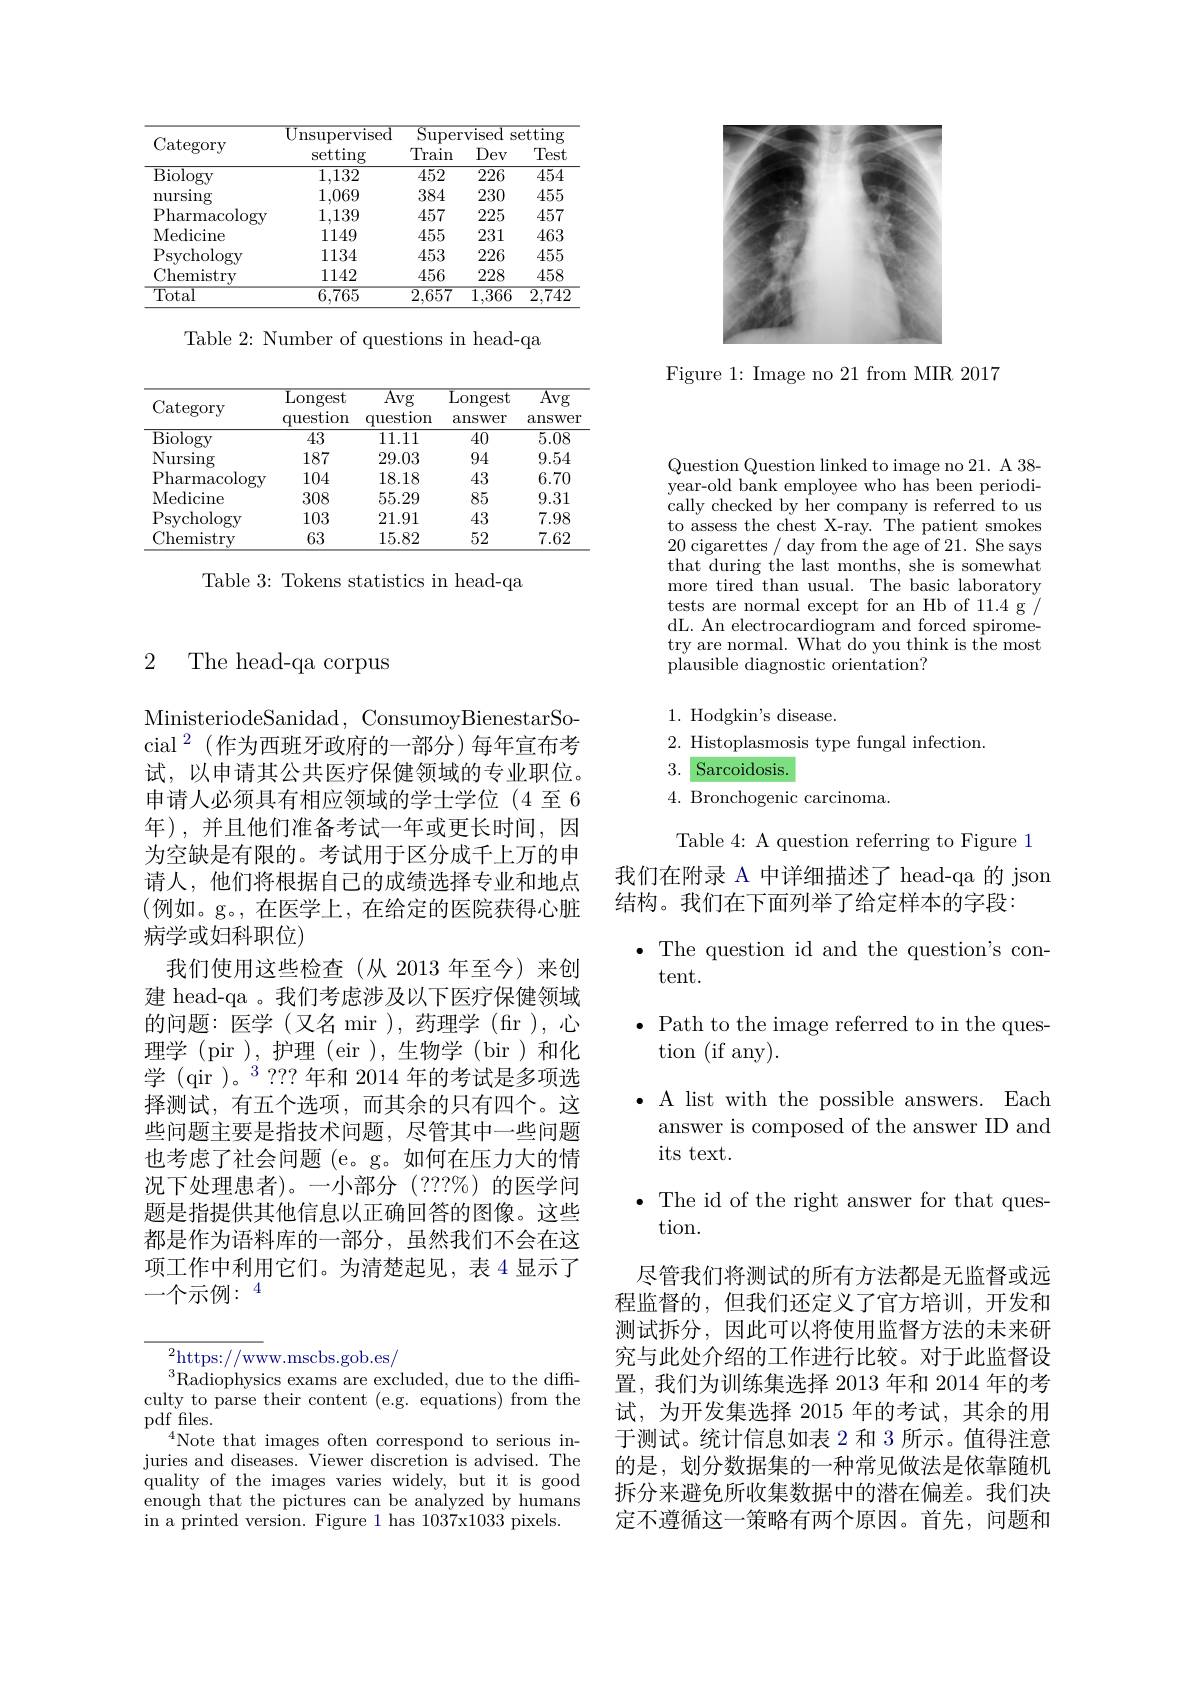
<table>
	<tbody>
		<tr>
			<th rowspan="2">Category</th>
			<th rowspan="2">$UI$ nsupervised setting</th>
			<th colspan="3">$\operatorname{Supervised}$ setting </th>
		</tr>
		<tr>
			<th>Train</th>
			<th>Dev</th>
			<th>Test</th>
		</tr>
		<tr>
			<td>$\operatorname{Biology}$</td>
			<td>1,132</td>
			<td>452</td>
			<td>$\overline{226}$</td>
			<td>454</td>
		</tr>
		<tr>
			<td>nursing</td>
			<td>1,069</td>
			<td>384</td>
			<td>230</td>
			<td>455</td>
		</tr>
		<tr>
			<td>Pharmacology</td>
			<td>1,139</td>
			<td>457</td>
			<td>225</td>
			<td>457</td>
		</tr>
		<tr>
			<td>Medicine</td>
			<td>1149</td>
			<td>455</td>
			<td>231</td>
			<td>463</td>
		</tr>
		<tr>
			<td>$\mathrm{P}_{\mathrm{s}}$ sychology</td>
			<td>1134</td>
			<td>453</td>
			<td>226</td>
			<td>455</td>
		</tr>
		<tr>
			<td>Chemistry</td>
			<td>1142</td>
			<td>456</td>
			<td>228</td>
			<td>458</td>
		</tr>
		<tr>
			<td>$\overline{\mathrm{Total}}$</td>
			<td>6,765</td>
			<td>$\overline{2,657}$</td>
			<td>$\overline{1,366}$</td>
			<td>$\overline{2,742}$</td>
		</tr>
	</tbody>
</table>

Table 2: Number of questions in head-qa

<table>
	<tbody>
		<tr>
			<th>Category</th>
			<th>$\operatorname{Longest}$ question</th>
			<th>$\overline{\mathrm{Avg}}$ question</th>
			<th>${\mathrm{Longest}}$ $\operatorname{answer}$</th>
			<th>$\overline{\mathrm{Avg}}$ $\operatorname{answer}$</th>
		</tr>
		<tr>
			<td>Biology</td>
			<td>43</td>
			<td>11.11</td>
			<td>40</td>
			<td>5.08</td>
		</tr>
		<tr>
			<td>Nursing</td>
			<td>187</td>
			<td>29.03</td>
			<td>94</td>
			<td>9.54</td>
		</tr>
		<tr>
			<td>Pharmacology</td>
			<td>104</td>
			<td>18.18</td>
			<td>43</td>
			<td>6.70</td>
		</tr>
		<tr>
			<td>Medicine</td>
			<td>308</td>
			<td>55.29</td>
			<td>85</td>
			<td>9.31</td>
		</tr>
		<tr>
			<td>$P:$ sychology</td>
			<td>103</td>
			<td>21.91</td>
			<td>43</td>
			<td>7.98</td>
		</tr>
		<tr>
			<td>Chemistry</td>
			<td>63</td>
			<td>15.82</td>
			<td>52</td>
			<td>7.62</td>
		</tr>
	</tbody>
</table>

Table 3: Tokens statistics in head-qa

## 2 The head-qa corpus

MinisteriodeSanidad, ConsumoyBienestarSocial$^2($作为西班牙政府的一部分)每年宣布考试，以申请其公共医疗保健领域的专业职位。申请人必须具有相应领域的学士学位(4 至 6年),并且他们准备考试一年或更长时间，因为空缺是有限的。考试用于区分成千上万的申请人，他们将根据自己的成绩选择专业和地点(例如。g。,在医学上，在给定的医院获得心脏病学或妇科职位)
我们使用这些检查(从 2013 年至今)来创建 head-qa 。我们考虑涉及以下医疗保健领域的问题：医学(又名 mir),药理学(fr),心理学(pir),护理(eir),生物学(bir)和化学 (qir )。$^{3}$???年和 2014 年的考试是多项选择测试，有五个选项，而其余的只有四个。这些问题主要是指技术问题，尽管其中一些问题也考虑了社会问题 (e。g。如何在压力大的情况下处理患者)。一小部分(???%)的医学问题是指提供其他信息以正确回答的图像。这些都是作为语料库的一部分，虽然我们不会在这项工作中利用它们。为清楚起见，表 4 显示了一个示例：$^4$

$^{2}$https://www.mscbs.gob.es/
$^{3}$Radiophysics exams are excluded, due to the diffculty to parse their content (e.g. equations) from the pdf fles.
$^4$Note that images often correspond to serious injuries and diseases. Viewer discretion is advised. The quality of the images varies widely, but it is good enough that the pictures can be analyzed by humans in a printed version. Figure 1 has 1037x1033 pixels.

Figure 1: Image no 21 from MIR 2017

Question Question linked to image no 21. A 38- year-old bank employee who has been periodically checked by her company is referred to us to assess the chest X-ray. The patient smokes 20 cigarettes / day from the age of 21. She says that during the last months, she is somewhat more tired than usual. The basic laboratory tests are normal except for an Hb of 11.4 g / dL. An electrocardiogram and forced spirometry are normal. What do you think is the most plausible diagnostic orientation?

1. Hodgkin's disease.
2. Histoplasmosis type fungal infection.
3. Sarcoidosis.
4. Bronchogenic carcinoma.
Table 4: A question referring to Figure 1
我们在附录 A 中详细描述了 head-qa 的 json
结构。我们在下面列举了给定样本的字段：
${\textbf{.The question id and the question's con-}}$
tent.
$\bullet$ Path to the image referred to in the ques-
tion (if any).
$\bullet$ A list with the possible answers. Each
answer is composed of the answer ID and
its text.
${\textbf{,The id of the right answer for that ques-}}$
tion.
尽管我们将测试的所有方法都是无监督或远程监督的，但我们还定义了官方培训，开发和测试拆分，因此可以将使用监督方法的未来研究与此处介绍的工作进行比较。对于此监督设置，我们为训练集选择 2013 年和 2014 年的考试，为开发集选择 2015 年的考试，其余的用于测试。统计信息如表 2 和 3 所示。值得注意的是，划分数据集的一种常见做法是依靠随机拆分来避免所收集数据中的潜在偏差。我们决定不遵循这一策略有两个原因。首先，问题和